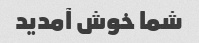
شما خوش آمدید